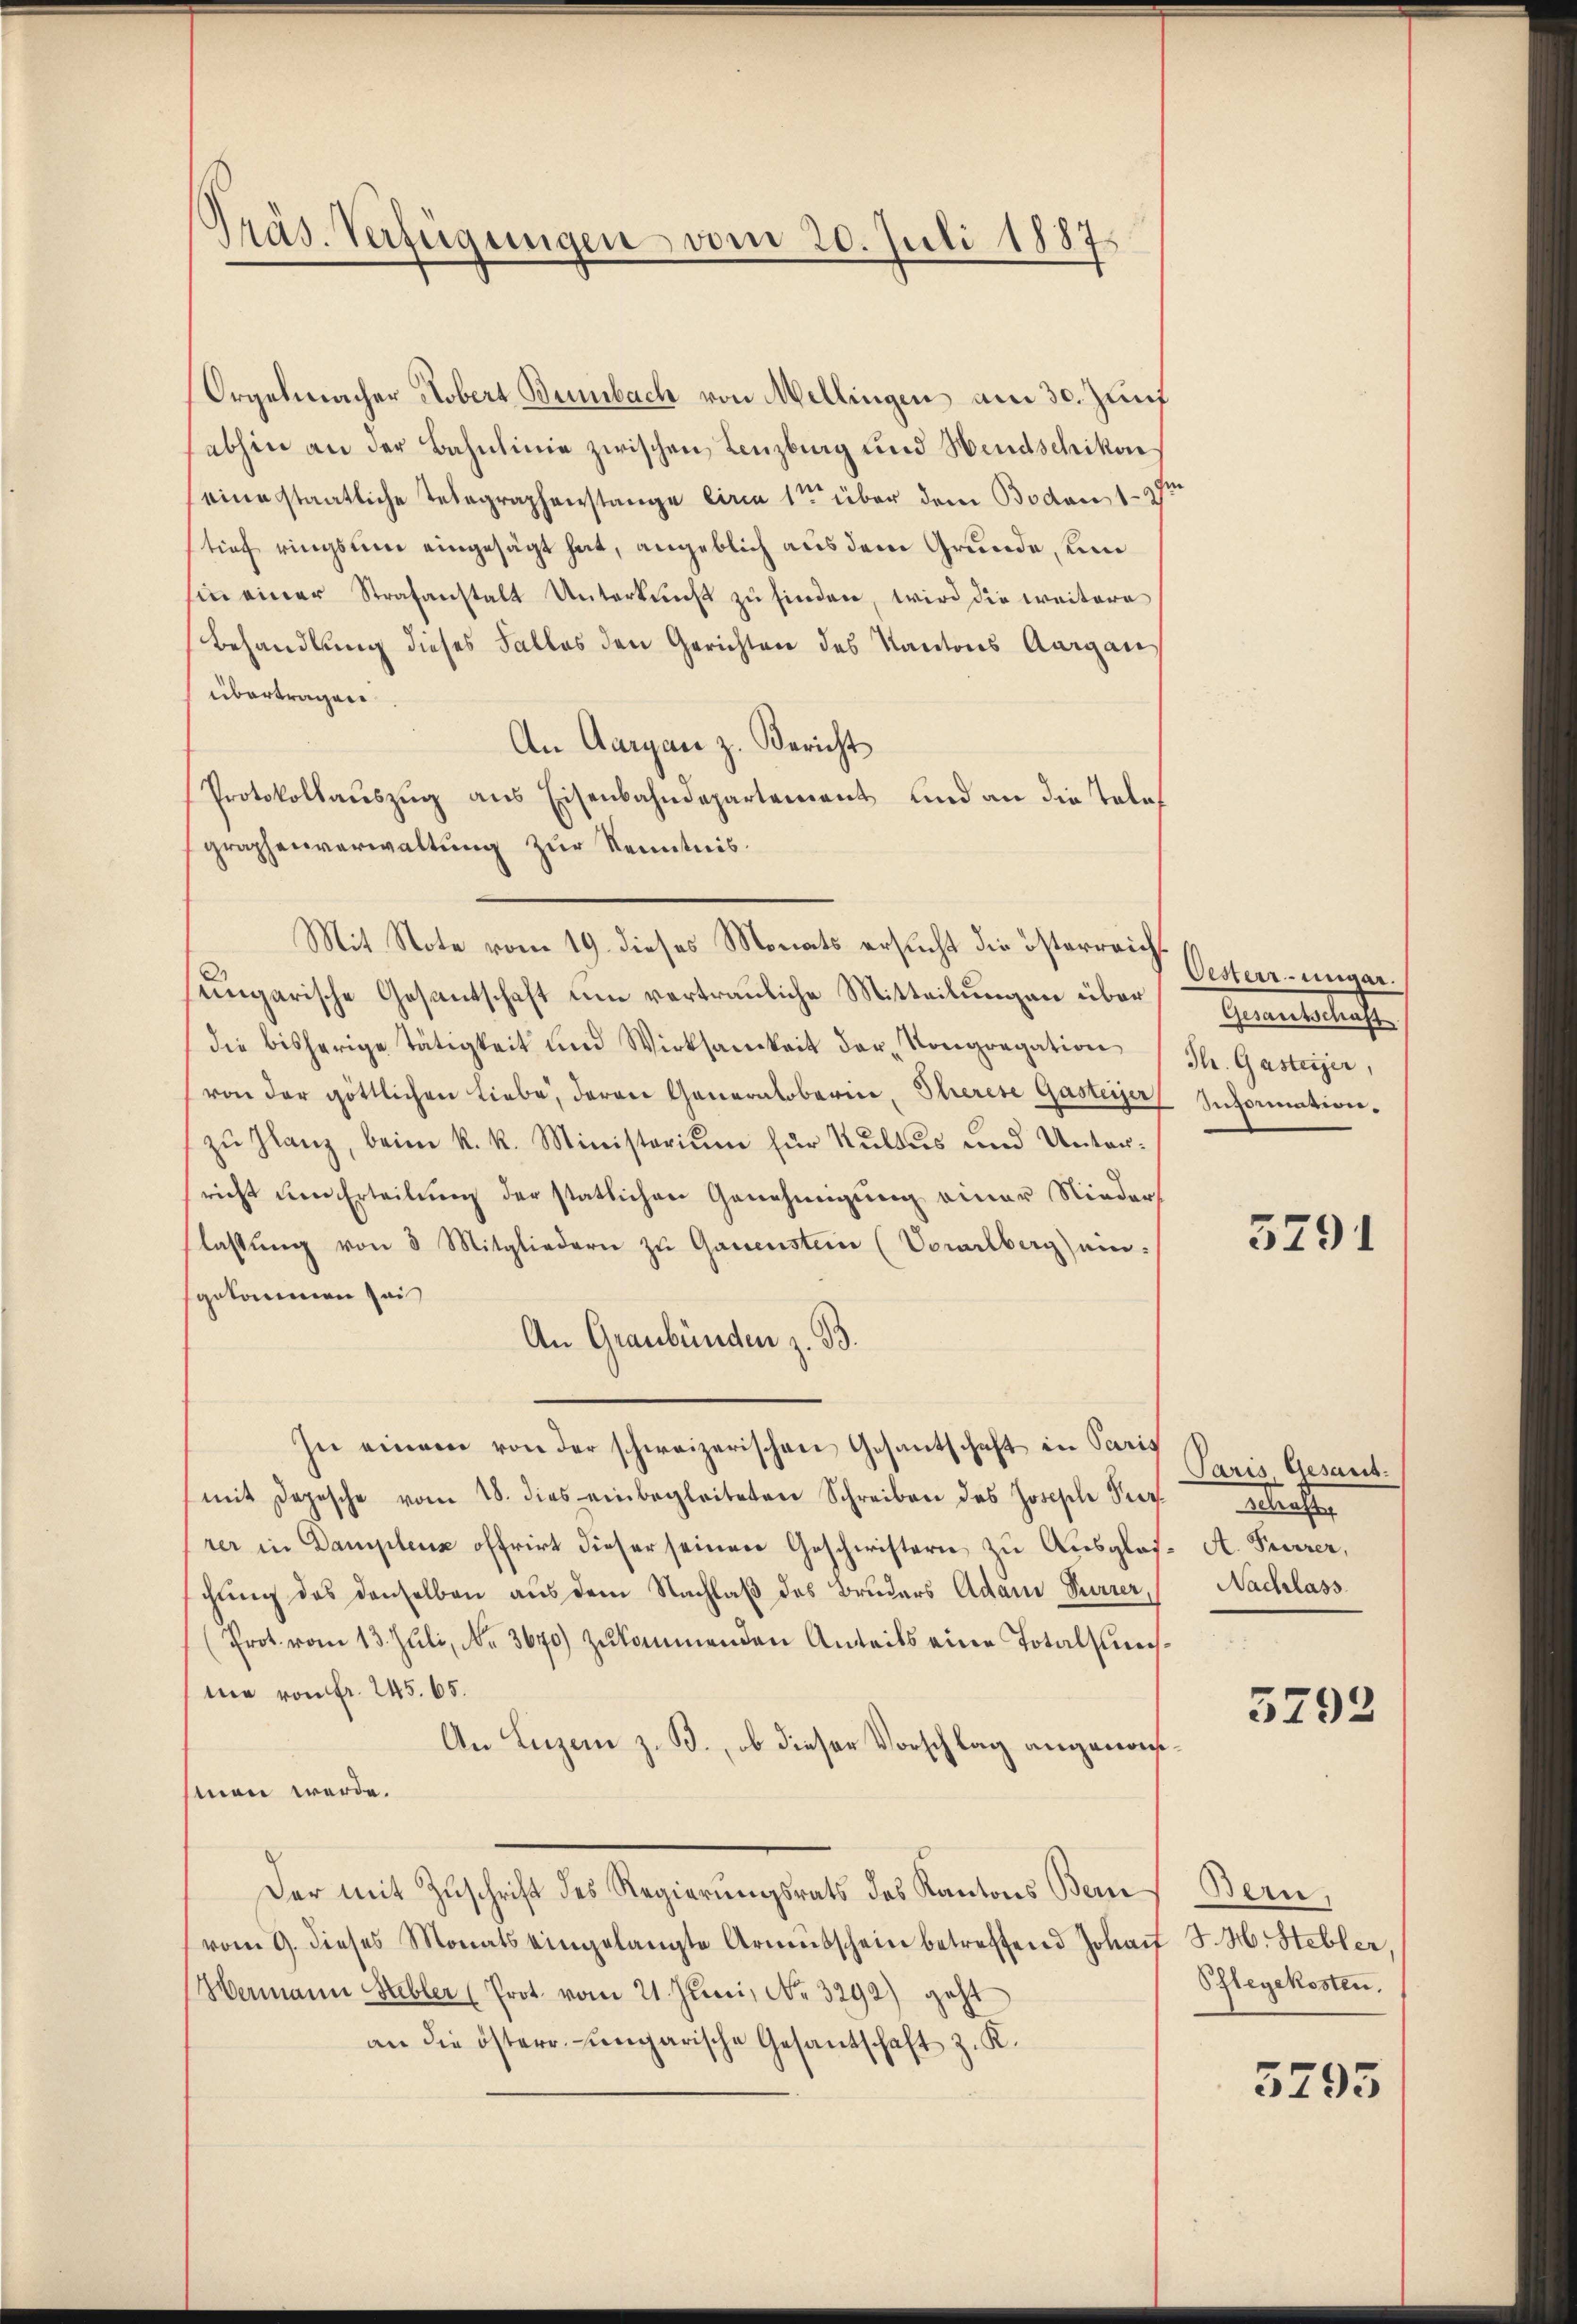
Präs. Verfügungen vom 20. Juli 1887

Orgelmacher Kobert Bumbach von Mellingen am 30. Zunf
abhin an der Bahnlinie zwischen Lenzburg und Hendschikoseine staatliche Telegraphenstange circa 1te über dem Boden 127
tief ringsum eingesagt hat, angeblich aus dem Grunde, und
sin einer Strafanstalt Unterkunft zu finden, wird die weitere
Behandlung dieses Falles den Gerichten des Kantons Aargau,
übertragen.
An Aargau z. Bericht
Protokollauszug aus Eisenbahndepartement und an die Telegraphenverwaltung zur Kenntnis.
Mit Note vom 19. dieses Monats ersucht die österreichungarische Gesantschaft um vertrauliche Mitteilungen über
die bisherige Tätigkeit und Wirksamkeit der Kongregation St. Gasteiger,
von der göttlichen Liebe, deren Generaloberin, Therese Gasteiger Information.
zu Glanz, beim k. k. Ministerium für Kultus und Unterricht den Erteilung der statlichen Genehmigung einer Nieder
lassŭng von 8 Mitgliedern zŭ Gauenstein (Vorarlberg) ein-
gekommen sei
An Graubünden z. B.
In einem von der schweizerischen Gesantschaft in Paris
(mit Depesche vom 18. dies einbegleiteten Schreiben des Joseph Peer gelaste
rer in Damplenz offrirt dieser seinen Geschwistern zu Ausglos. A. Furrer,
schung des denselben aus dem Nachlaß des Bruders Adam Verrer,
(Prot. vom 13. Jŭli, No. 3670) zŭkommenden Anteils eine Totalsunnie von fr. 245. 65.
An Luzern z. B., ob dieser Vorschlag angenomman werde.
Der mit Zuschrift des Regierungsrats des Kantons Bern
vom 9. dieses Monats eingelangte Armŭsschein betreffend Johan J. H. Hebler,
Hermann Hebler (Prot. vom 21. Juni, No. 3292) geht
an die österr. ungarische Gesantschaft z. K.

Oesterr-ungar.
Generalstreife

Paris, Gesant.
Nachlass

3791

5292

Bern,
Pflegekosten.

3795